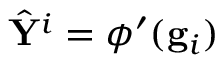
\hat { \mathbf { Y } } ^ { i } = \phi ^ { \prime } ( \mathbf { g } _ { i } )